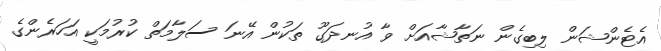
އެޓެންޝަން ލިބިގެން ނަތާޝާއަށް ވާ އުނދަގޫ ތަކުން އޭނަ ސަލާމަތް ކުރުމަކީ އަހަރެންގެ